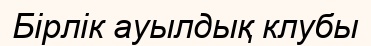
Бірлік ауылдық клубы